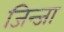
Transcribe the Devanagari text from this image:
जिन्जा